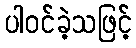
ပါဝင်ခဲ့သဖြင့်